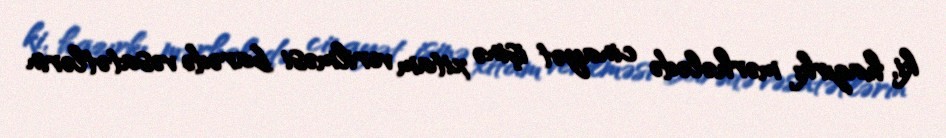
ki, hazırkı mərhələdə cinayət işinə xitam verilməsi barədə vəsatətlərin